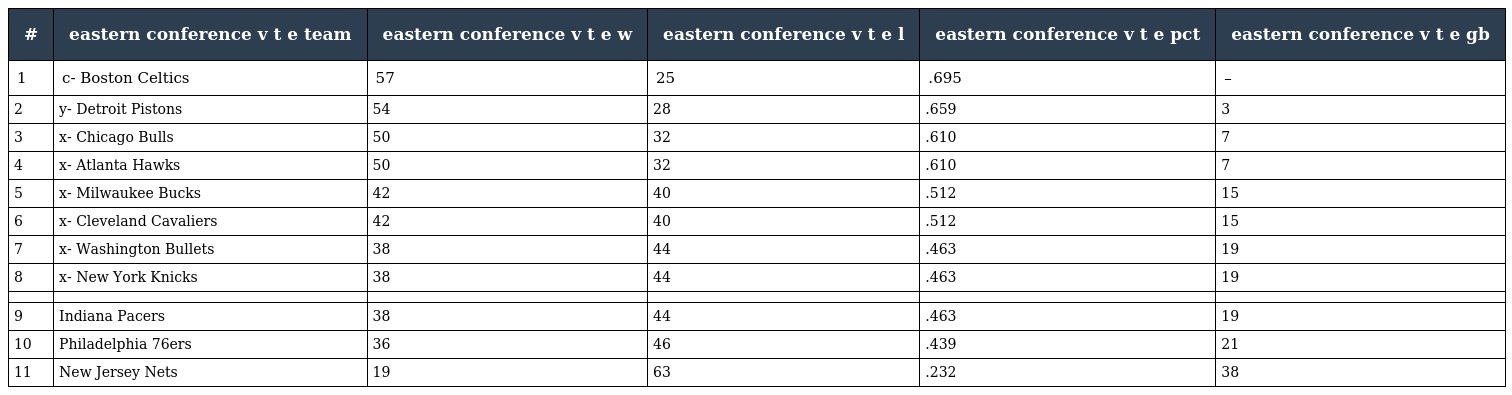
| # | eastern conference v t e team | eastern conference v t e w | eastern conference v t e l | eastern conference v t e pct | eastern conference v t e gb |
 | --- | --- | --- | --- | --- | --- |
 | 1 | c- Boston Celtics | 57 | 25 | .695 | – |
 | 2 | y- Detroit Pistons | 54 | 28 | .659 | 3 |
 | 3 | x- Chicago Bulls | 50 | 32 | .610 | 7 |
 | 4 | x- Atlanta Hawks | 50 | 32 | .610 | 7 |
 | 5 | x- Milwaukee Bucks | 42 | 40 | .512 | 15 |
 | 6 | x- Cleveland Cavaliers | 42 | 40 | .512 | 15 |
 | 7 | x- Washington Bullets | 38 | 44 | .463 | 19 |
 | 8 | x- New York Knicks | 38 | 44 | .463 | 19 |
 |  |  |  |  |  |  |
 | 9 | Indiana Pacers | 38 | 44 | .463 | 19 |
 | 10 | Philadelphia 76ers | 36 | 46 | .439 | 21 |
 | 11 | New Jersey Nets | 19 | 63 | .232 | 38 |